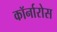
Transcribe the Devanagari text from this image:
कॉर्नारोस